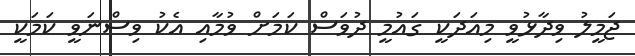
ޖަމީލު ވިދާޅުވީ މިއަދަކީ ގައުމީ ދުވަސް ކަމަށް ވުމާއި އެކު ވިސްނަވީ ކަމަކީ